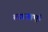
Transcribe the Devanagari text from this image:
लगवाएं।